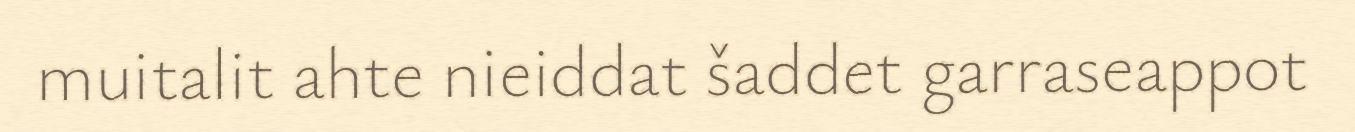
muitalit ahte nieiddat šaddet garraseappot